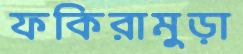
ফকিরামুড়া